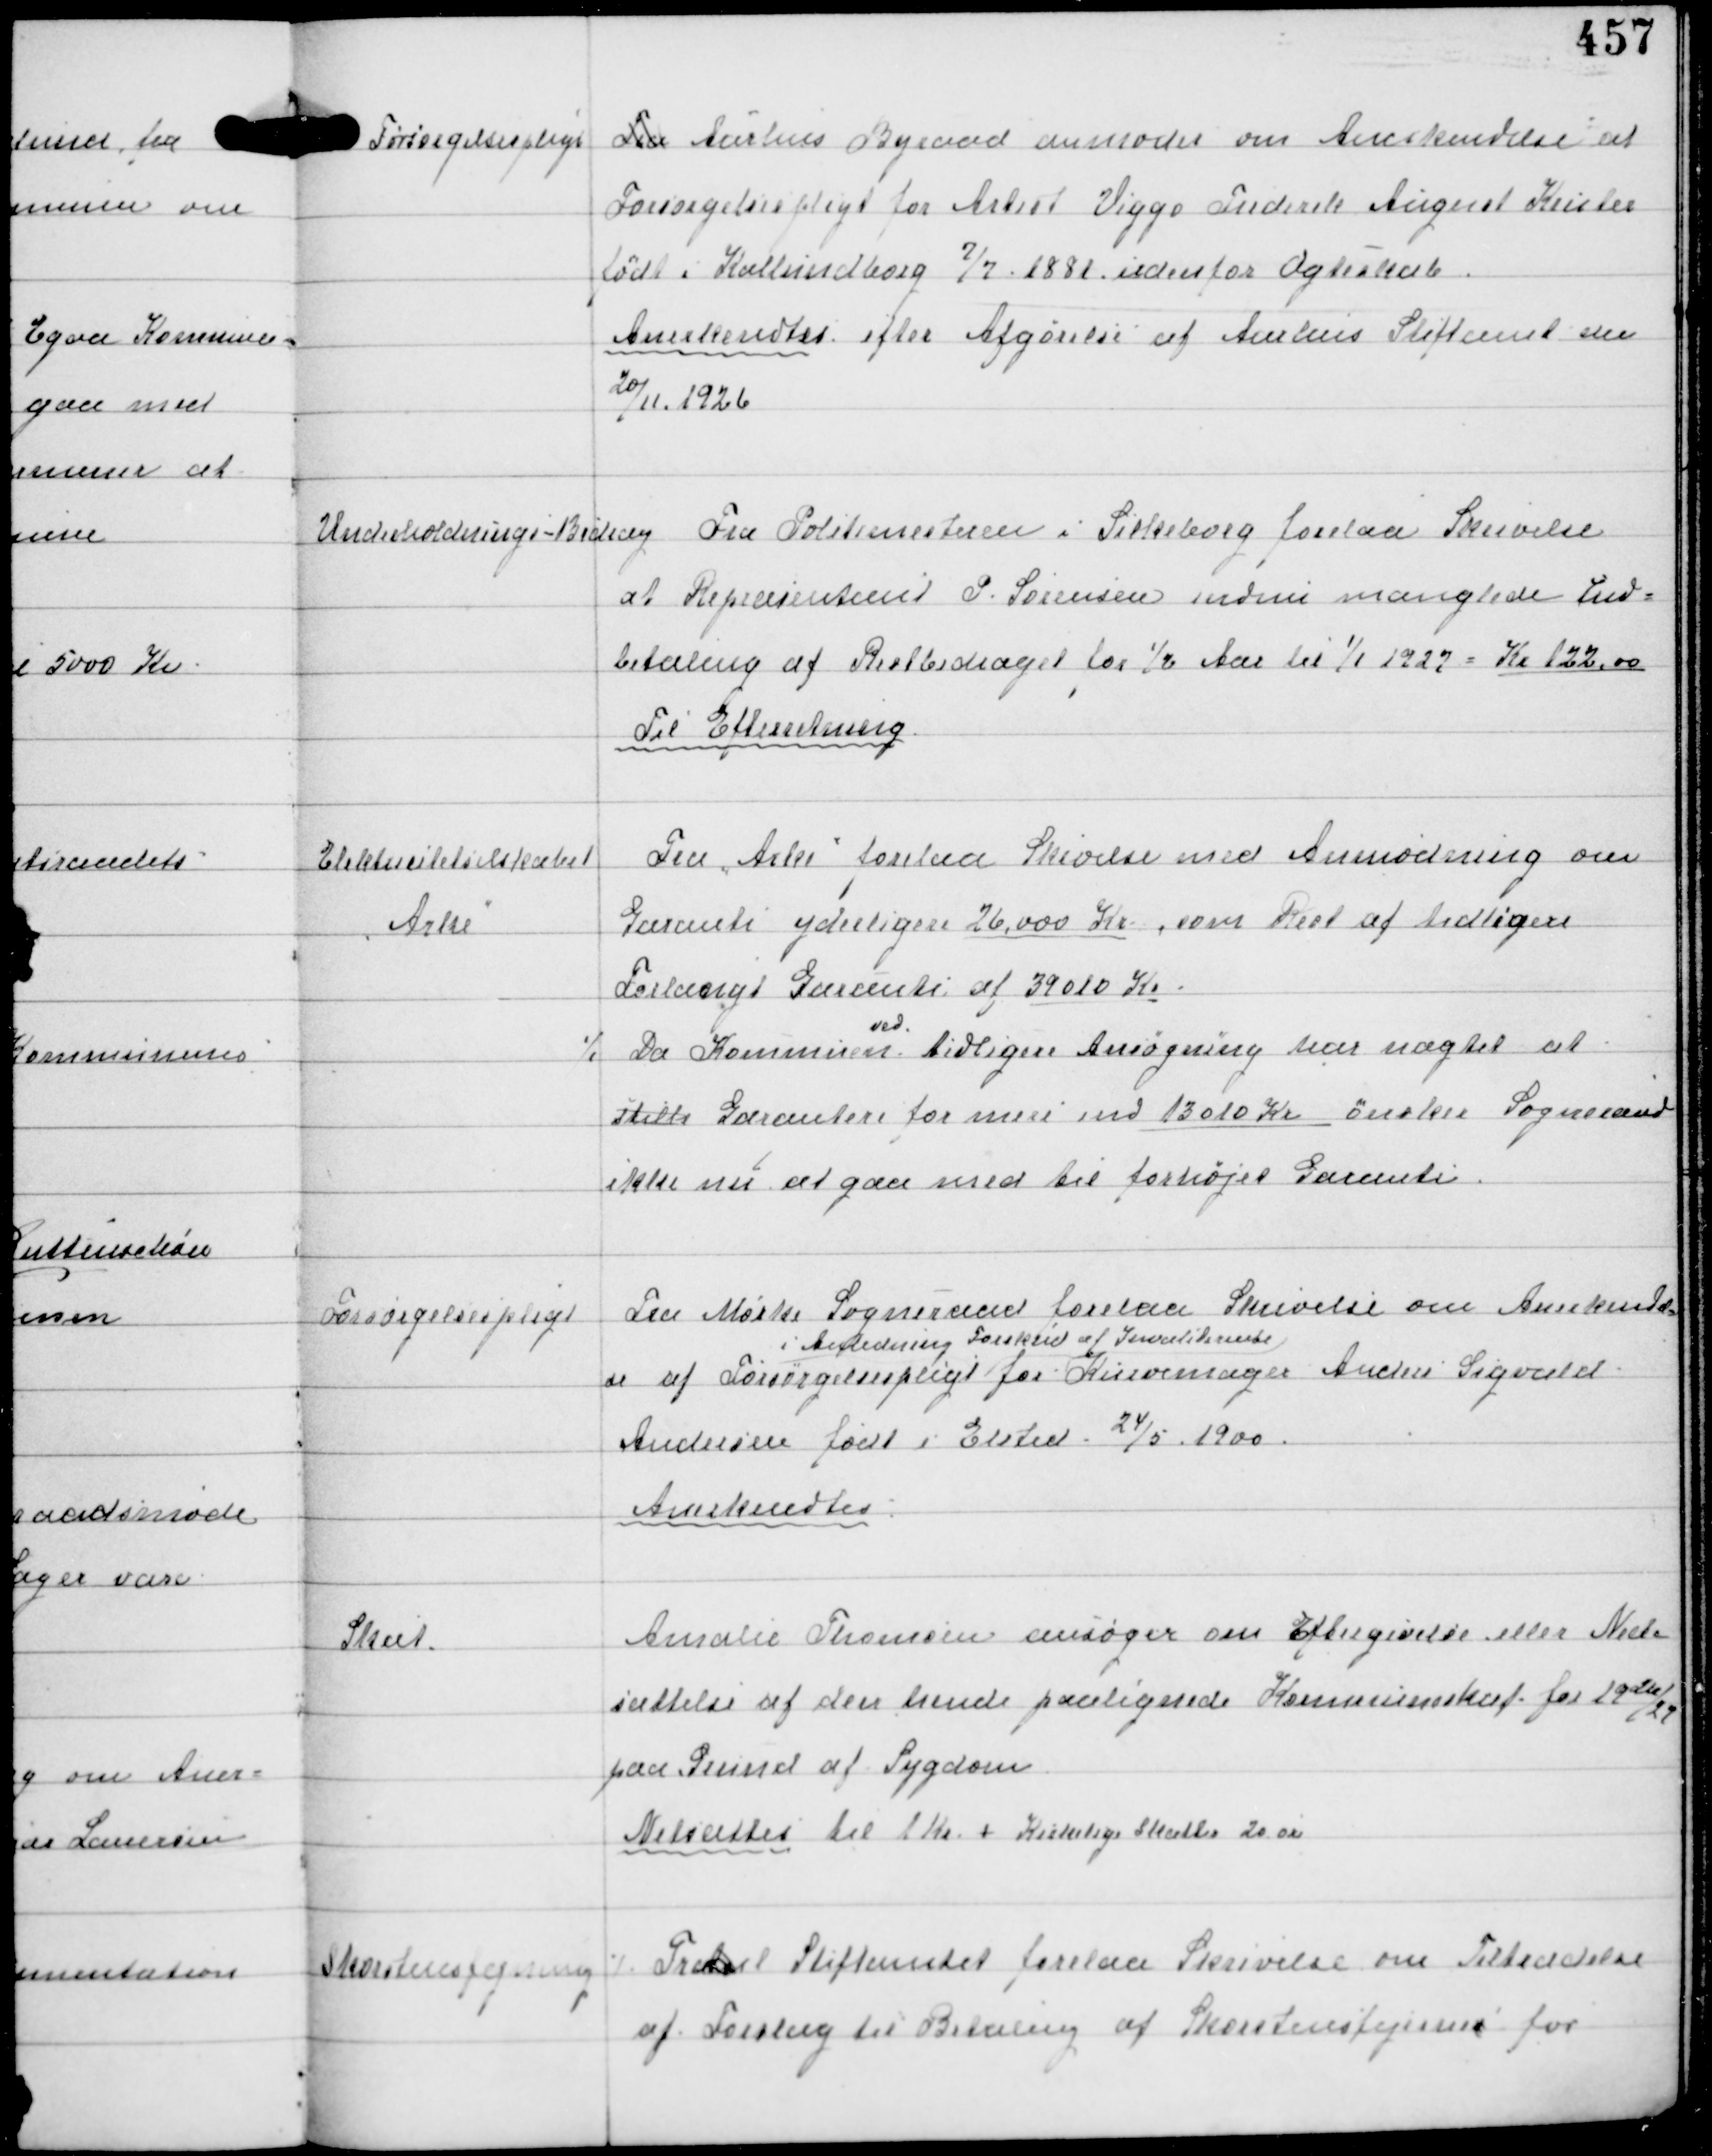
Transskription:
Forsørgelsespligt

Fra Aarhus Byraad anmoder om Anerkendelse af
Forsørgelsespligt for Albert Viggo Frederik August Krister
født i Kallundborg 7/2 1898 udenfor Ægteskab
Anerkendtes efter Afgørelse af Aarhus Stiftamt den
20/11 1926

Underholdnings-Bidrag

Fra Politimesteren i Silkeborg forelaa Skrivelse
at Repræsentant P. Sørensen endnu mangler Ind-
betaling af Restbidraget for ½ Aar til 1/1 1927 = Kr 122,00
Til Efterretning

Elektricitetselskabet
Arke

Fra Arke forelaa Skrivelse med Anmodning om
Garanti yderligere 26.000 Kr, som Rest af tidligere
Forlænget Garanti af 39010 Kr
⁒ Da Kommunen
ved
tidligere Ansøgning har nægtet at
stille Garantier for mere end 13010 Kr ønsker Sogneraad
ikke nu at gaa med til forhøjet Garanti

Forsørgelsespligt

Fra Mørke Sogneraad forelaa Skrivelse om Anerkendel-
se af Forsørgelsespligt
i Anledning Forskud af Invaliderente
for Kurvemager Anders Sigvald
Andersen født i Elsted 24/5 1900
Anerkendtes

Skat

Amalie Thomsen ansøger om Eftergivelse eller Ned-
sættelse af den hendes paalignede Kommuneskat for 1926/27
paa Grund af Sygdom
Nedsattes til 1 Kr + Kirkelige Skatter 20 Øre

Skorstensfejning

⁒ Frated Stiftamtet forelaa Skrivelse om Tiltrædelse
af Forslag til Betaling af Skorstensfejerne for